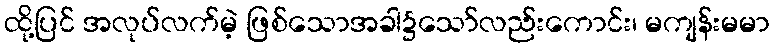
ထို့ပြင် အလုပ်လက်မဲ့ ဖြစ်သောအခါ၌သော်လည်းကောင်း၊ မကျန်းမမာ